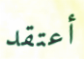
أعتقد